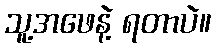
သူ့အဖေနဲ့ ရတာပဲ။